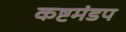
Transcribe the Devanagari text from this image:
कष्टमंडप